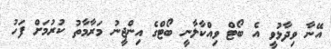
އޭނާ ވިދާޅުވީ އެ ބޯޓް ވިއްކާލާނީ ބޯޓްގެ އިންޖީނު މަރާމާތު ކުރުމަށް ފަހު